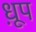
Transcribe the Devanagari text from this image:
ध़ूप